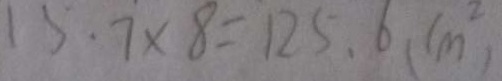
1 5 . 7 \times 8 = 1 2 5 . 6 ( c m ^ { 2 } )